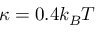
\kappa = 0 . 4 k _ { B } T